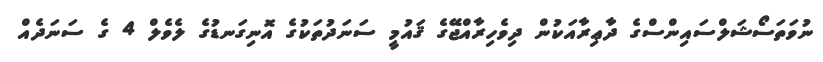
ނުވަތަސޯޝަލްސައިންސްގެ ދާޢިރާއަކުން ދިވެހިރާއްޖޭގެ ޤައުމީ ސަނަދުތަކުގެ އޮނިގަނޑުގެ ލެވެލް 4 ގެ ސަނަދެއް